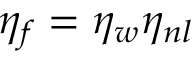
\eta _ { f } = \eta _ { w } \eta _ { n l }